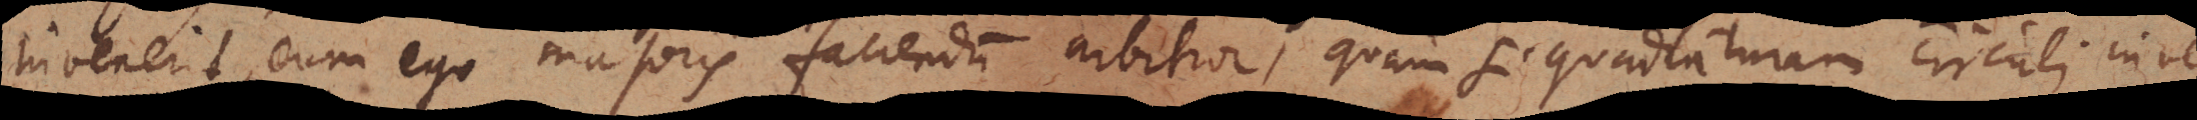
invenerit, eum ego majoris faciendum arbitror, quam si quadraturam circuli inve